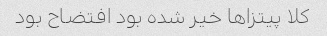
کلا پیتزا‌ها خیر شده بود افتضاح بود